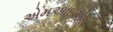
એમઆઇએસ